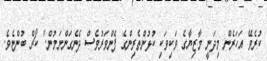
ކުރެވޭ އަހަރެން މިދަނީ މާޒިޔާގެ ވަކިވަކި ކުޅުންތެރިންގެ ފެންވަރުވެސް ދެނެގަންނަމުން." ކޯޗް ބުންޏެވެ.